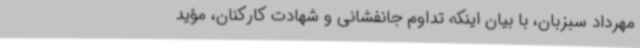
مهرداد سبزبان، با بیان اینکه تداوم جانفشانی و شهادت کارکنان، مؤید